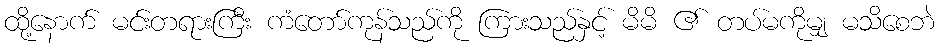
ထို့နောက် မင်းတရားကြီး ကံတော်ကုန်သည်ကို ကြားသည်နှင့် မိမိ ၏ တပ်မကိုမျှ မသိစေဘဲ